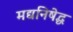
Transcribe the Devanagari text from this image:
मद्यनिषेद्ध